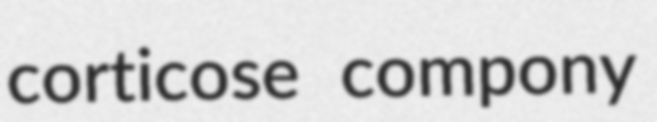
corticose compony